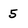
Character: 5